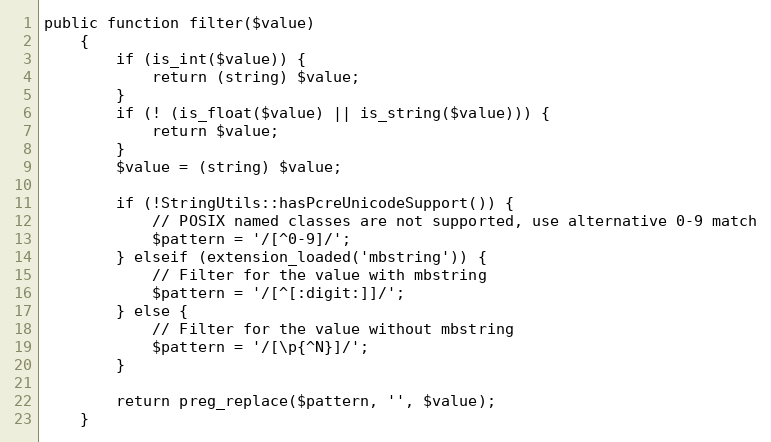
Language: PHP
public function filter($value)
    {
        if (is_int($value)) {
            return (string) $value;
        }
        if (! (is_float($value) || is_string($value))) {
            return $value;
        }
        $value = (string) $value;

        if (!StringUtils::hasPcreUnicodeSupport()) {
            // POSIX named classes are not supported, use alternative 0-9 match
            $pattern = '/[^0-9]/';
        } elseif (extension_loaded('mbstring')) {
            // Filter for the value with mbstring
            $pattern = '/[^[:digit:]]/';
        } else {
            // Filter for the value without mbstring
            $pattern = '/[\p{^N}]/';
        }

        return preg_replace($pattern, '', $value);
    }